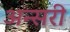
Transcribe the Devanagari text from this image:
अन्सरी